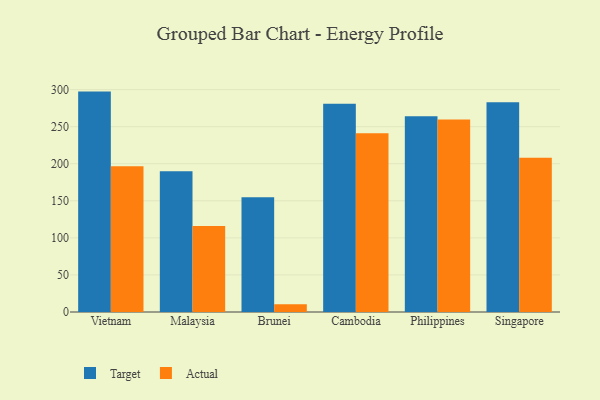
{"axis": {"x": "Country", "y": "Demand Index"}, "legend": ["Actual", "Target"], "data": [{"x": "Vietnam", "y": 297.3, "type": "Target"}, {"x": "Vietnam", "y": 196.6, "type": "Actual"}, {"x": "Malaysia", "y": 189.7, "type": "Target"}, {"x": "Malaysia", "y": 116.1, "type": "Actual"}, {"x": "Brunei", "y": 154.8, "type": "Target"}, {"x": "Brunei", "y": 10.4, "type": "Actual"}, {"x": "Cambodia", "y": 280.9, "type": "Target"}, {"x": "Cambodia", "y": 241.0, "type": "Actual"}, {"x": "Philippines", "y": 264.2, "type": "Target"}, {"x": "Philippines", "y": 259.7, "type": "Actual"}, {"x": "Singapore", "y": 283.0, "type": "Target"}, {"x": "Singapore", "y": 208.2, "type": "Actual"}]}